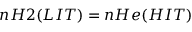
n H 2 ( L I T ) = n H e ( H I T )